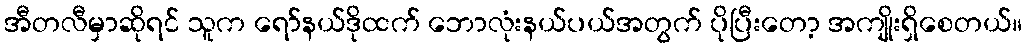
အီတလီမှာဆိုရင် သူက ရော်နယ်ဒိုထက် ဘောလုံးနယ်ပယ်အတွက် ပိုပြီးတော့ အကျိုးရှိစေတယ်။